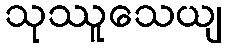
သုဿူသေယျ